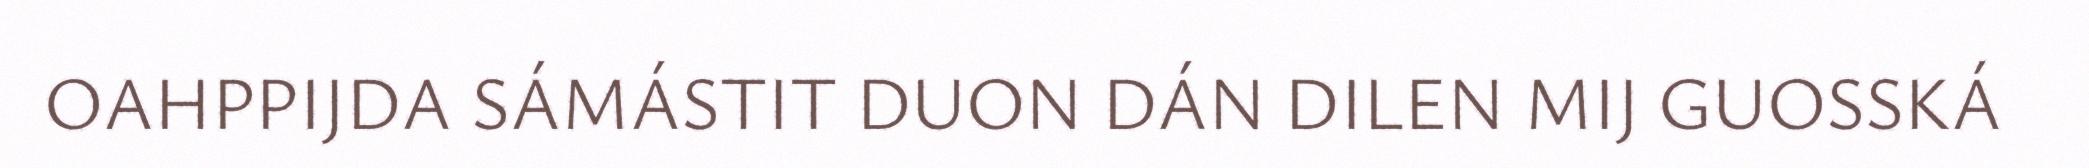
OAHPPIJDA SÁMÁSTIT DUON DÁN DILEN MIJ GUOSSKÁ